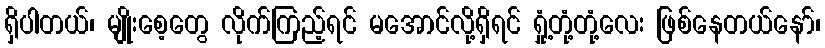
ရှိပါတယ်၊ မျိုးစေ့တွေ လိုက်ကြည့်ရင် မအောင်လို့ရှိရင် ရှုံ့တုံ့တုံ့လေး ဖြစ်နေတယ်နော်၊